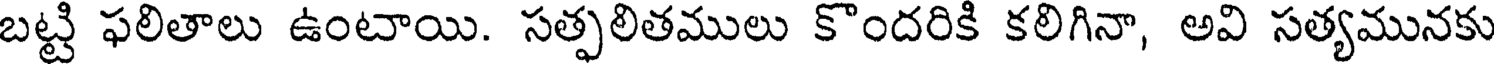
బట్టి ఫలితాలు ఉంటాయి. సత్ఫలితములు కొందరికి కలిగినా, అవి సత్యమునకు